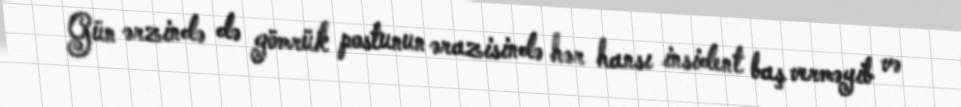
Gün ərzində də gömrük postunun ərazisində hər hansı insident baş verməyib və